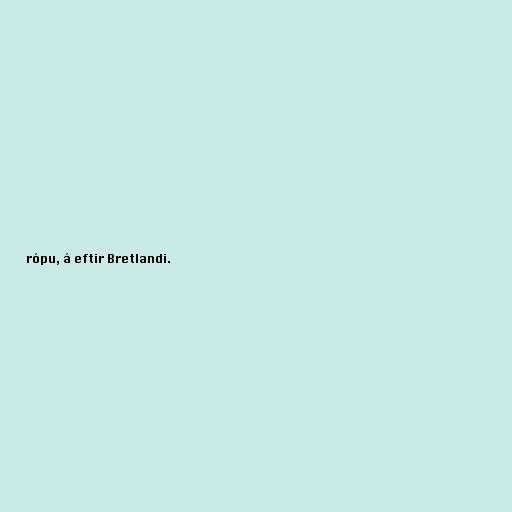
rópu, á eftir Bretlandi.